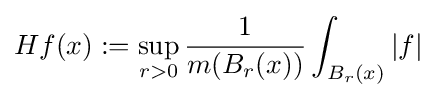
Hf(x):=\sup _{r>0}{\frac {1}{m(B_{r}(x))}}\int _{B_{r}(x)}|f|